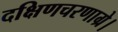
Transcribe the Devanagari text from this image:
दक्षिणचरणाग्रे।